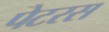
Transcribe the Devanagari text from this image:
पेटरस